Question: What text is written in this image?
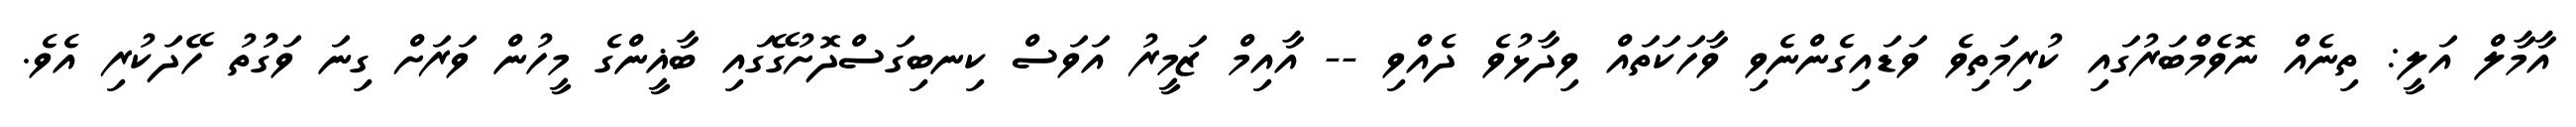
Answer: އާމާލް އަލީ: ތިނެއް ނޮވެމްބަރުގައި ކުރިމަތިވެ ވަޑައިގެންނެވި ވާހަކަތައް ވިދާޅުވެ ދެއްވި -- އާއިމް ޒަމީރު އަވަސް ކިނބިގަސްދޮށުގޭގައި ބާޣީންގެ މީހުން ވަރަށް ގިނަ ވަގުުތު ހޭދަކުރި އެވެ.